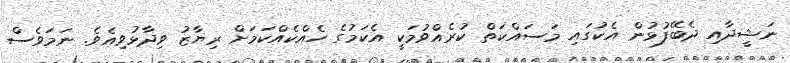
ނަޝީދާއި ދެބޭފުޅުން އެކުގައި މަސައްކަތް ކުރެއްވުމަކީ އެކަމުގެ ހެއްކެއްކަމަށް ރިޔާޒު ވިދާޅުވިއެވެ. ނަމަވެސް